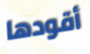
أقودها